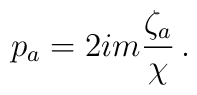
p_a=2im\frac{\zeta_a}{\chi}\,.